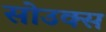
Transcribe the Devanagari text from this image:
सोउक्स